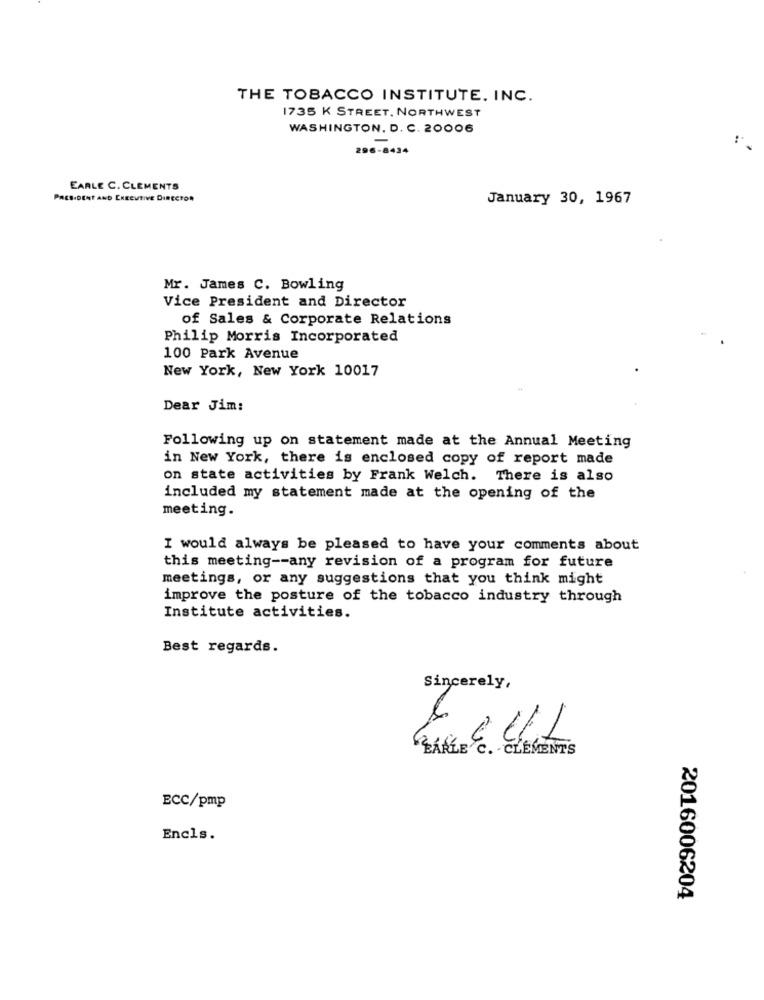
THE TOBACCO INSTITUTE. INC.
1735 K STREET, NORTHWEST
WASHINGTON, D. C. 20006
-
296-8434
EARLE C. CLEMENTS
PRESIDENT AND EXECUTIVE DIRECTOR
January 30, 1967
Mr. James C. Bowling
Vice President and Director
of Sales & Corporate Relations
Philip Morris Incorporated
100 Park Avenue
New York, New York 10017
Dear Jim:
Following up on statement made at the Annual Meeting
in New York, there is enclosed copy of report made
on state activities by Frank Welch. There is also
included my statement made at the opening of the
meeting.
I would always be pleased to have your comments about
this meeting -- any revision of a program for future
meetings, or any suggestions that you think might
improve the posture of the tobacco industry through
Institute activities.
Best regards.
Sincerely,
CLEMENTIS
BCC/pmp
Encls.
2016006204